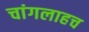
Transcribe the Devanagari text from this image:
चांगलाहच